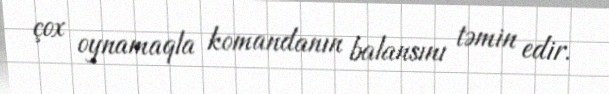
çox oynamaqla komandanın balansını təmin edir.